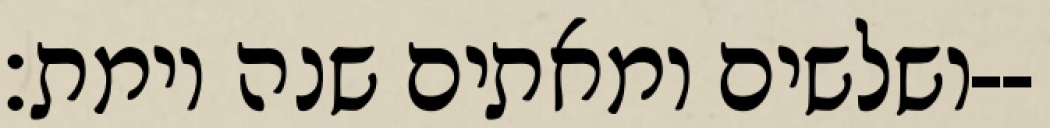
ושלשים ומאתים שנה וימת׃--